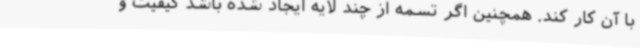
با آن کار کند. همچنین اگر تسمه از چند لایه ایجاد شده باشد کیفیت و